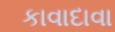
કાવાદાવા